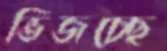
ভিজচ্ছে